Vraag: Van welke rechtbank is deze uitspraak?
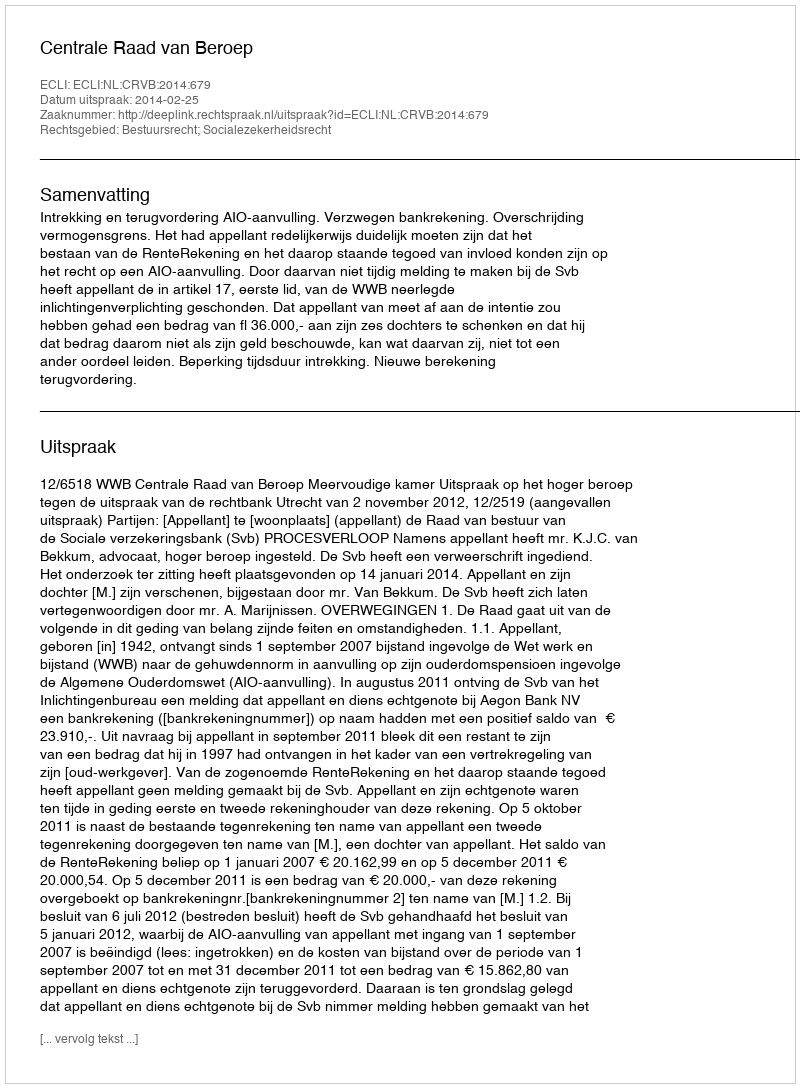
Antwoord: Centrale Raad van Beroep